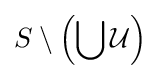
S\setminus \left(\bigcup {\mathcal {U}}\right)